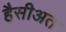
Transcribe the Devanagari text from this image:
हैसीअत